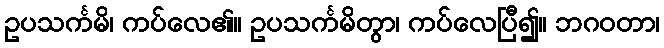
ဥပသင်္ကမိ၊ ကပ်လေ၏။ ဥပသင်္ကမိတွာ၊ ကပ်လေပြီ၍။ ဘဂဝတာ၊